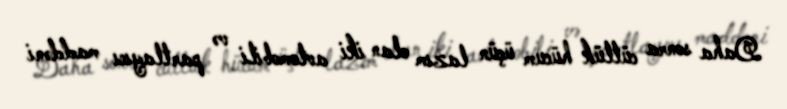
Daha sonra cütlük hücum üçün lazım olan iki avtomobili və partlayıcı maddəni